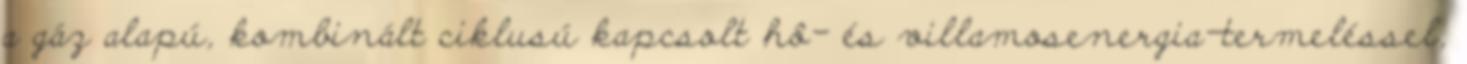
a gáz alapú, kombinált ciklusú kapcsolt hô- és villamosenergia-termeléssel,